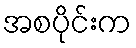
အစပိုင်းက